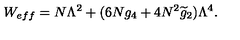
W _ { e f f } = N \Lambda ^ { 2 } + ( 6 N g _ { 4 } + 4 N ^ { 2 } \widetilde { g } _ { 2 } ) \Lambda ^ { 4 } .